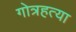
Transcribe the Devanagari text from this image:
गोत्रहत्या